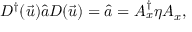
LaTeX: D ^ { \dag } ( \vec { u } ) \hat { a } D ( \vec { u } ) = \hat { a } = A _ { x } ^ { \dag } \eta A _ { x } ,